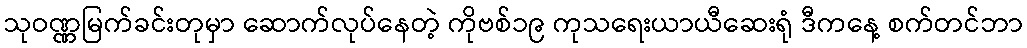
သုဝဏ္ဏမြက်ခင်းတုမှာ ဆောက်လုပ်နေတဲ့ ကိုဗစ်၁၉ ကုသရေးယာယီဆေးရုံ ဒီကနေ့ စက်တင်ဘာ